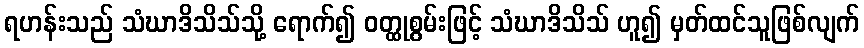
ရဟန်းသည် သံဃာဒိသိသ်သို့ ရောက်၍ ဝတ္ထုစွမ်းဖြင့် သံဃာဒိသိသ် ဟူ၍ မှတ်ထင်သူဖြစ်လျက်